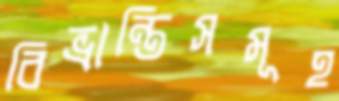
বিভ্রান্তিসমূহ